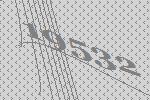
19532